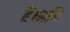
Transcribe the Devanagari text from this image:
हैं।भक्ति